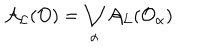
{ \cal A } _ { \cal L } ( { \cal O } ) = \bigvee _ { \alpha } { \cal A } _ { \cal L } ( { \cal O } _ { \alpha } )